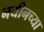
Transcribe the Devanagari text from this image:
नयीनच्या